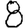
Digit: 8